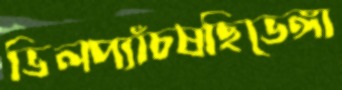
ভিলপ্যাঁচষছিভেঙ্গা